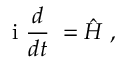
\mathrm { ~ i ~ } \frac { d } { d t } { \bf \Psi } = \hat { \cal H } { \bf \Psi } ,